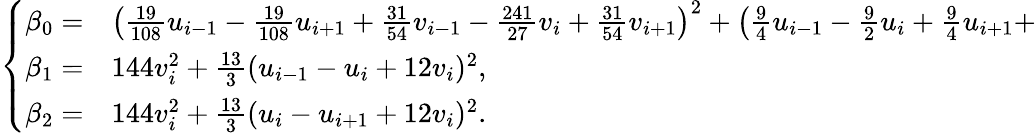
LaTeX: \begin{array}{r}{\left\{ \begin{array}{rl}{\beta_{0}=}&{{}\left(\frac{19}{108}{u}_{i-1}-\frac{19}{108}{u}_{i+1}+\frac{31}{54}{v}_{i-1}-\frac{241}{27}{v}_{i}+\frac{31}{54}{v}_{i+1}\right)^{2}+\left(\frac{9}{4}{u}_{i-1}-\frac{9}{2}{u}_{i}+\frac{9}{4}{u}_{i+1}+\right.}\\ {\beta_{1}=}&{{}144v_{i}^{2}+\frac{13}{3}(u_{i-1}-u_{i}+12v_{i})^{2},}\\ {\beta_{2}=}&{{}144v_{i}^{2}+\frac{13}{3}(u_{i}-u_{i+1}+12v_{i})^{2}.}\end{array}\right.}\end{array}